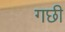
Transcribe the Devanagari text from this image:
गछी